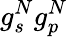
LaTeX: g_{s}^{N}g_{p}^{N}